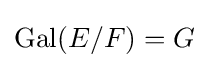
{\rm {Gal}}(E/F)=G